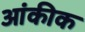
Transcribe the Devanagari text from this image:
आंकीक